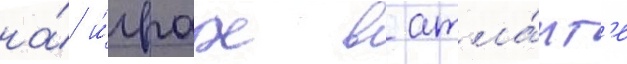
на́ и́грах в атла́нт'е